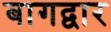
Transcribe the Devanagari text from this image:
बागद्वार